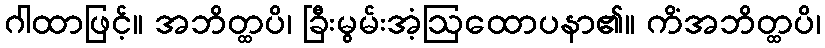
ဂါထာဖြင့်။ အဘိတ္ထပိ၊ ခြီးမွမ်းအံ့ဩထောပနာ၏။ ကိံအဘိတ္ထပိ၊